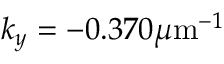
k _ { y } = - 0 . 3 7 0 \mu \mathrm { m } ^ { - 1 }